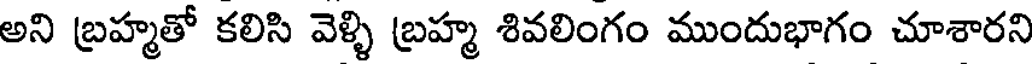
అని బ్రహ్మతో కలిసి వెళ్ళి బ్రహ్మ శివలింగం ముందుభాగం చూశారని